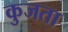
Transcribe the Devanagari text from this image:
कुजता